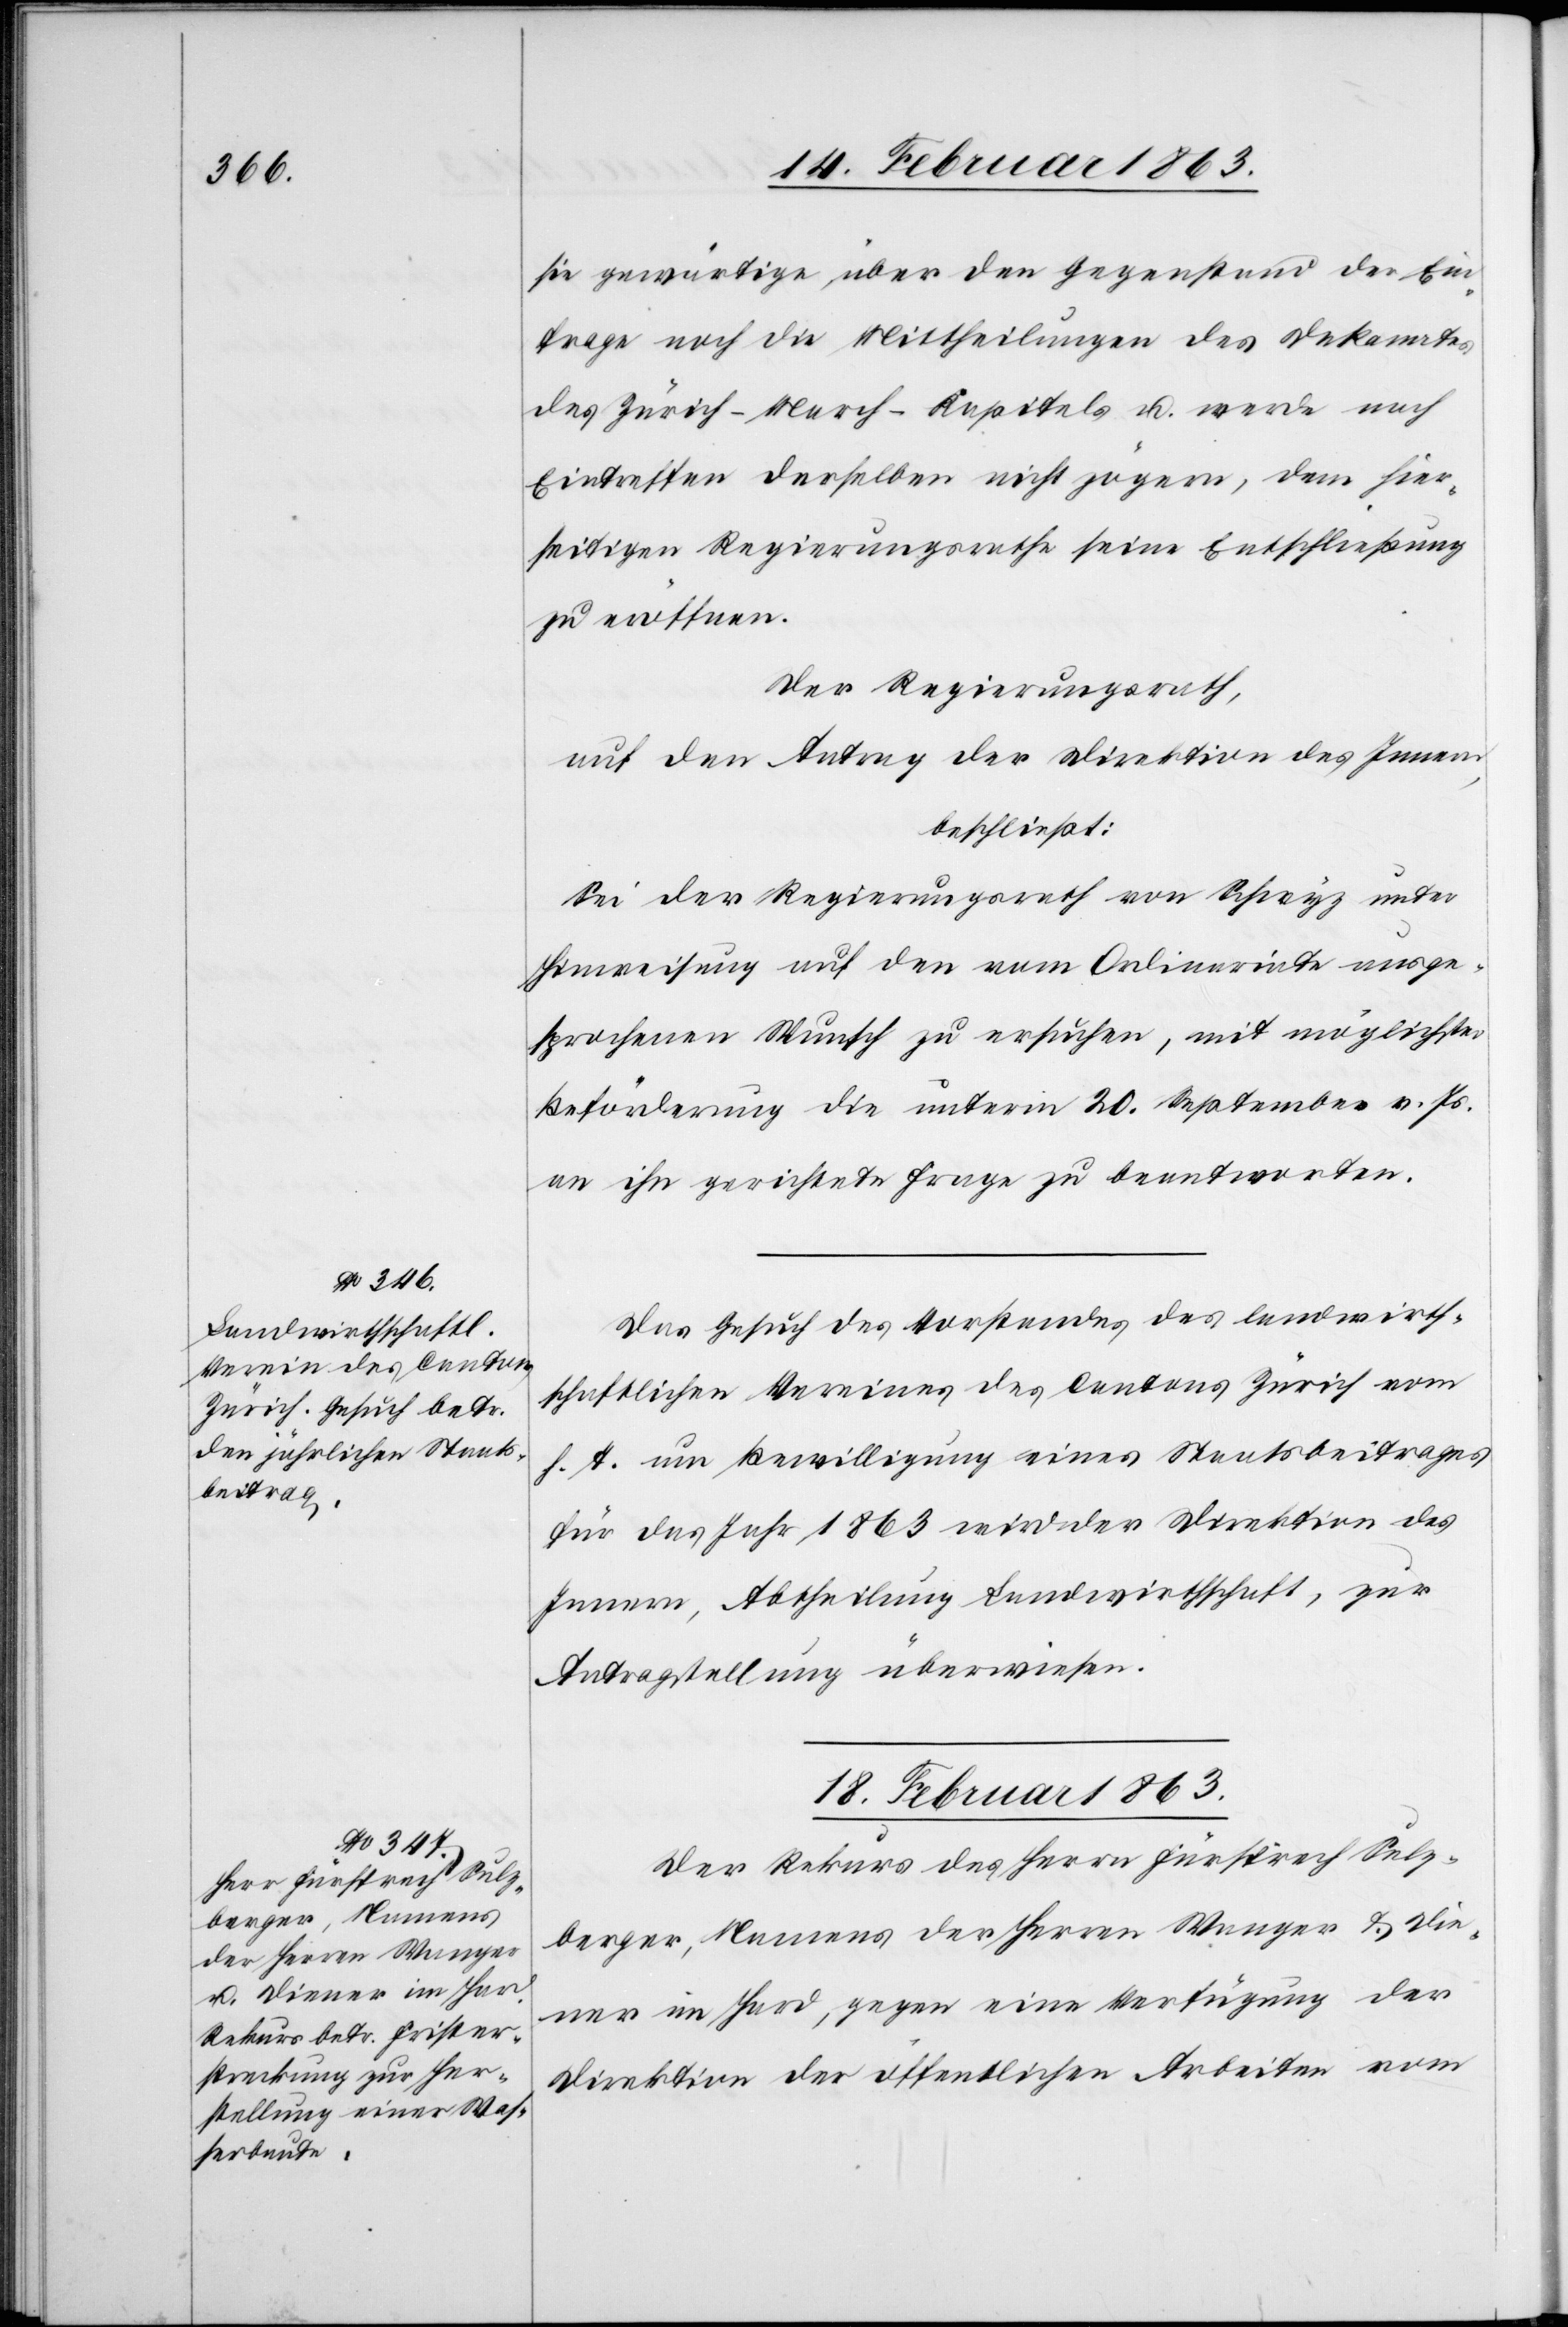
sie gewärtige über den Gegenstand der Ein¬
frage noch die Mittheilung des Dekanates
des Zürich-March-Kapitels u. werde nach
Eintreffen derselben nicht zögern, dem hier¬
seitigen Regierungsrathe seine Entschließung
zu eröffnen.
Der Regierungsrath,
auf den Antrag der Direktion des Innern,
beschließt:
Sei der Regierungsrath von Schwyz unter
Hinweisung auf den vom Ordinariate ausge¬
sprochenen Wunsch zu ersuchen, mit möglichster
Beförderung die unterm 20. September v. Js.
an ihn gerichtete Frage zu beantworten.
Das Gesuch des Vorstandes des landwirth¬
schaftlichen Vereines des Cantons Zürich vom
h. T. um Bewilligung eines Staatsbeitrages
für das Jahr 1863 wird der Direktion des
Innern, Abtheilung Landwirthschaft, zur
Antragstellung überwiesen.
18. Februar 1863.
Der Rekurs des Herrn Fürsprech Sulz¬
berger, Namens der Herren Wanger & Die¬
ner im Hard, gegen eine Verfügung der
Direktion der öffentlichen Arbeiten vom